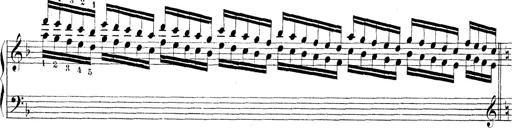
Title: Technische Studien
Composer: Franz Liszt